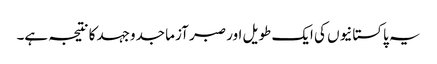
یہ پاکستانیوں کی ایک طویل اور صبر آزما جدوجہد کا نتیجہ ہے۔